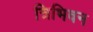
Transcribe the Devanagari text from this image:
त्रिभिवन